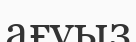
ағуыз